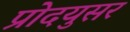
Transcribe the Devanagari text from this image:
प्रोदयुसर